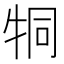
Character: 𤙓